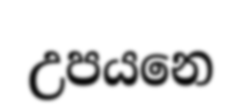
උපයනෙ